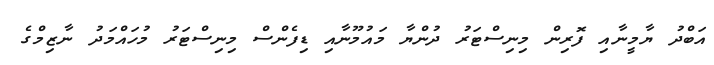
އަބްދު ޔާމީނާއި ފޮރިން މިނިސްޓަރުު ދުންޔާ މައުމޫނާއި ޑިފެންސް މިނިސްޓަރު މުހައްމަދު ނާޒިމްގެ